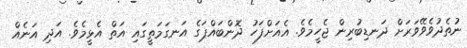
ނުތެދުވެވޭވަރަށް ދަނޑިބުރިން ޖެހީމެވެ. އެއަށްފަހު ދޮންބައްޕަގެ އަނގަމަތީގައި އަތް އެޅީމެވެ. އަދި އަނެއް